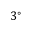
3 ^ { \circ }